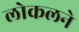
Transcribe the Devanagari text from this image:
लोकलने